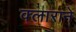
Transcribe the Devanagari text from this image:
क्लाराने